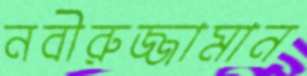
নবীরুজ্জামান